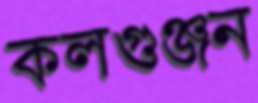
কলগুঞ্জন